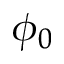
\phi _ { 0 }